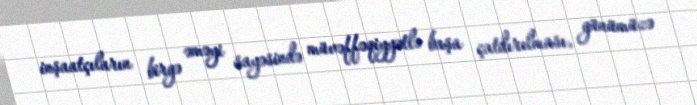
inşaatçıların birgə əməyi sayəsində müvəffəqiyyətlə başa çatdırılması, günümüzə